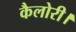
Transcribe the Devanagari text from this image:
कैलोरी।